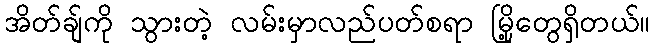
အိတ်ချ်ကို သွားတဲ့ လမ်းမှာလည်ပတ်စရာ မြို့တွေရှိတယ်။